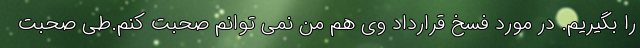
را بگیریم. در مورد فسخ قرارداد وی هم من نمی توانم صحبت کنم.طی صحبت